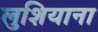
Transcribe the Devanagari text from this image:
लुशियाना